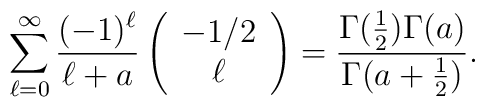
\sum_{\ell=0}^{\infty} {(-1)^{\ell} \over \ell+a} \left( \begin{array}{c} -1/2 \\ \ell\end{array}\right)= {\Gamma({1\over 2})\Gamma (a)\over \Gamma(a+{1 \over 2})}.